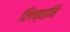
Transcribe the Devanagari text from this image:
लिच्‍छवि